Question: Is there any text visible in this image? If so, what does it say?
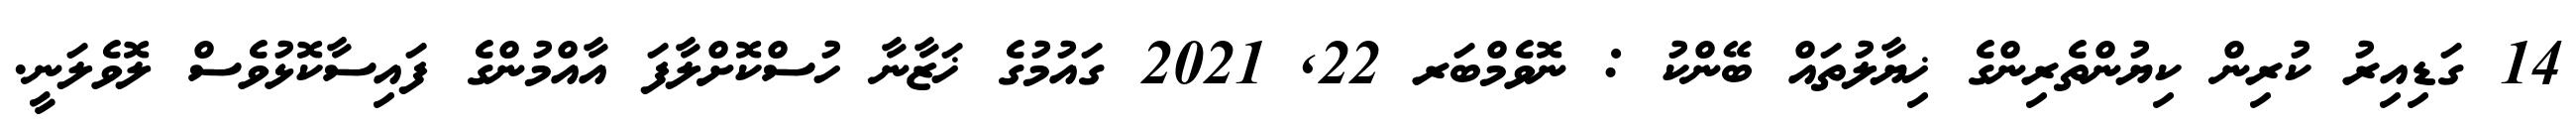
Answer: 14 ގަޑިއިރު ކުރިން ކިޔުންތެރިންގެ ޚިޔާލުތައް ބޭންކު : ނޮވެމްބަރ 22, 2021 ގައުމުގެ ޚަޒާނާ ހުސްކޮށްލާފަ އާއްމުންގެ ފައިސާކޮޅުވެސް ލޮވެލަނީ.